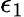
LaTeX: \epsilon_{1}